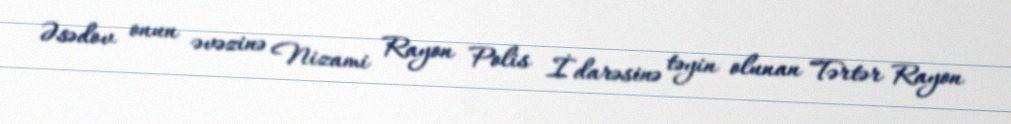
Əsədov onun əvəzinə Nizami Rayon Polis İdarəsinə təyin olunan Tərtər Rayon